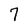
Character: 7